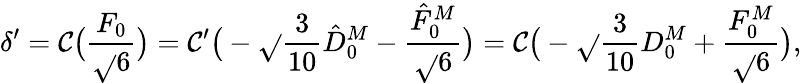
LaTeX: \delta^{\prime}=\mathcal{C}\big(\frac{{F_{0}}}{{\sqrt{}{{6}}}}\big)=\mathcal{C}^{\prime}\big(-\sqrt{}{{\frac{{3}}{{10}}}}\hat{{D}}_{0}^{M}-\frac{{\hat{{F}}_{0}^{M}}}{{\sqrt{}{{6}}}}\big)=\mathcal{C}\big(-\sqrt{}{{\frac{{3}}{{10}}}}D_{0}^{M}+\frac{{F_{0}^{M}}}{{\sqrt{}{{6}}}}\big),